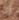
إن